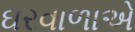
ઘરવાળાએ